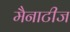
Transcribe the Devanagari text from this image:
मैनाटीज